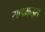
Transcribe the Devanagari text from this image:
साइमन्ड्स